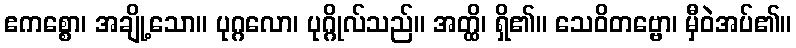
ဧကစ္စော၊ အချို့သော။ ပုဂ္ဂလော၊ ပုဂ္ဂိုလ်သည်။ အတ္ထိ၊ ရှိ၏။ သေဝိတဗ္ဗော၊ မှီဝဲအပ်၏။